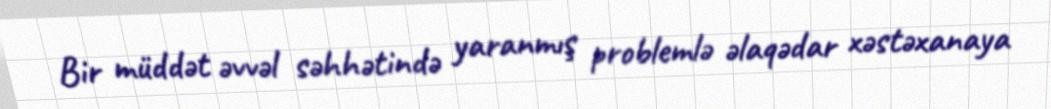
Bir müddət əvvəl səhhətində yaranmış problemlə əlaqədar xəstəxanaya